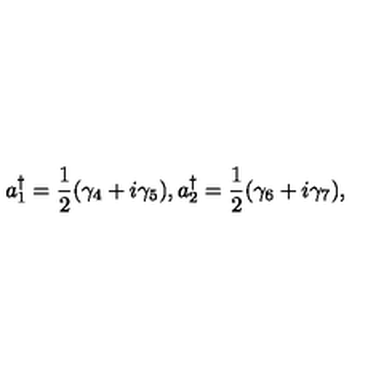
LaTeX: a _ { 1 } ^ { \dagger } = \frac { 1 } { 2 } ( { \gamma } _ { 4 } + i { \gamma } _ { 5 } ) , a _ { 2 } ^ { \dagger } = \frac { 1 } { 2 } ( { \gamma } _ { 6 } + i { \gamma } _ { 7 } ) ,